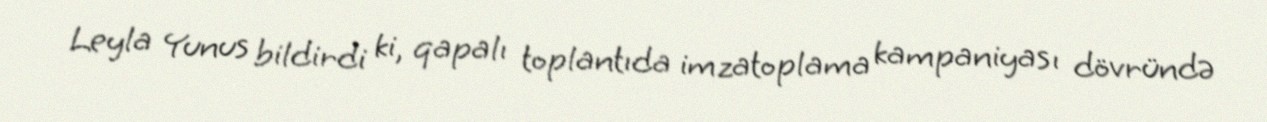
Leyla Yunus bildirdi ki, qapalı toplantıda imzatoplama kampaniyası dövründə